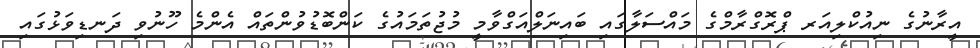
އީރާނުގެ ނިއުކްލިއަރ ޕްރޮގްރާމްގެ މައްސަލާގައި ބައިނަލްއަގްވާމީ މުޖުތަމައުގެ ކަންބޮޑުވުންތައް އެންމެ ހޫނުވި ދަނޑިވަޅުގައި